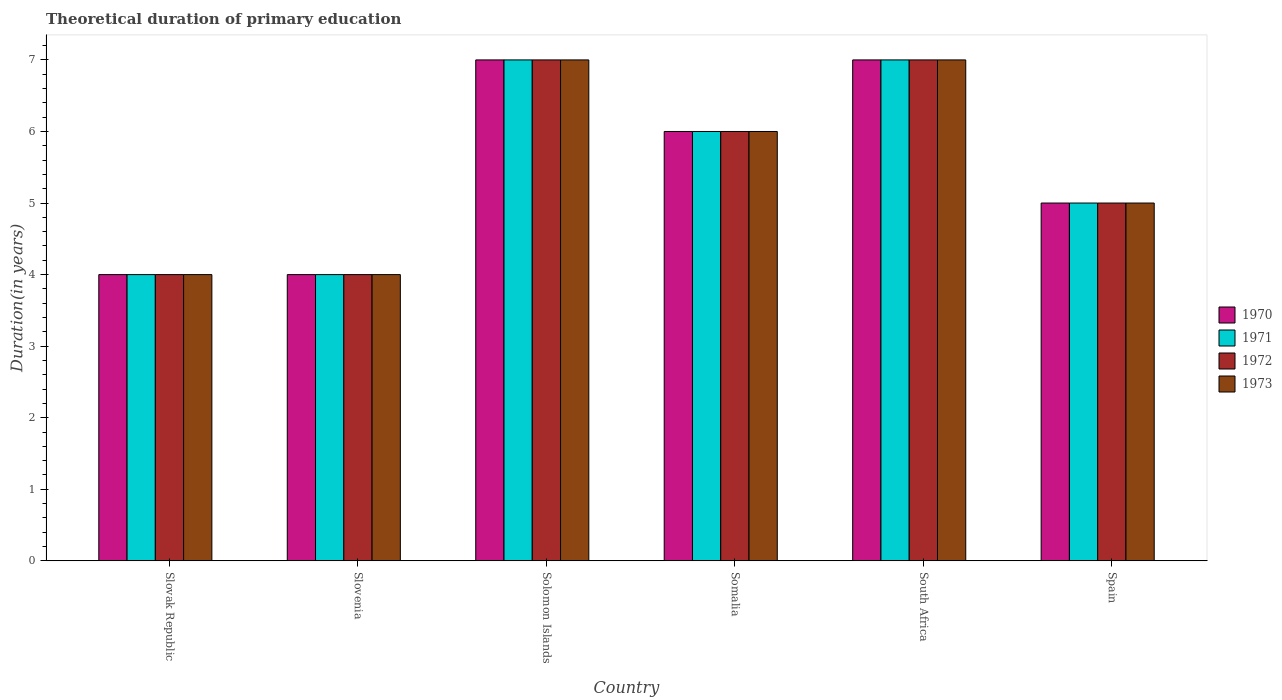
| Country | 1970 | 1971 | 1972 | 1973 |
 | --- | --- | --- | --- | --- |
 | Slovak Republic | 4 | 4 | 4 | 4 |
 | Slovenia | 4 | 4 | 4 | 4 |
 | Solomon Islands | 7 | 7 | 7 | 7 |
 | Somalia | 6 | 6 | 6 | 6 |
 | South Africa | 7 | 7 | 7 | 7 |
 | Spain | 5 | 5 | 5 | 5 |